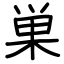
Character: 巣